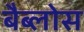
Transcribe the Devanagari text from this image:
बैब्लोस